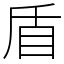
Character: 盾